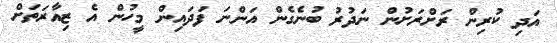
އަދި ކުރިން ރަށްރަށުން ނަދުރު ބުނެގެން އަންނަ ފަދައިން މީހުން އެ ޒިއާރަތަށް